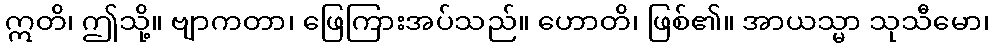
ဣတိ၊ ဤသို့။ ဗျာကတာ၊ ဖြေကြားအပ်သည်။ ဟောတိ၊ ဖြစ်၏။ အာယသ္မာ သုသီမော၊